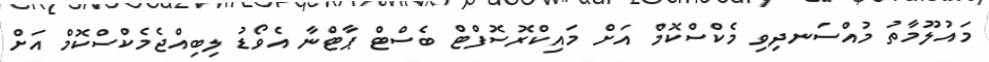
މައުލޫމާތު މުއްސަނދިވި މެކްސްކޮމް އަށް މައިކްރޮސޮފްޓް ބެސްޓް ޕާޓްނާ އެވޯޑު ލިބިއްޖެމެކްސްކޮމް އަށް